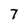
Character: 7